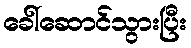
ခေါ်ဆောင်သွားပြီး